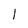
Character: 1